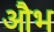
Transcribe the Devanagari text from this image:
औभ